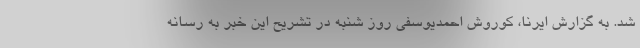
شد. به گزارش ایرنا، کوروش احمدیوسفی روز شنبه در تشریح این خبر به رسانه